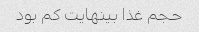
حجم غذا بینهایت کم بود